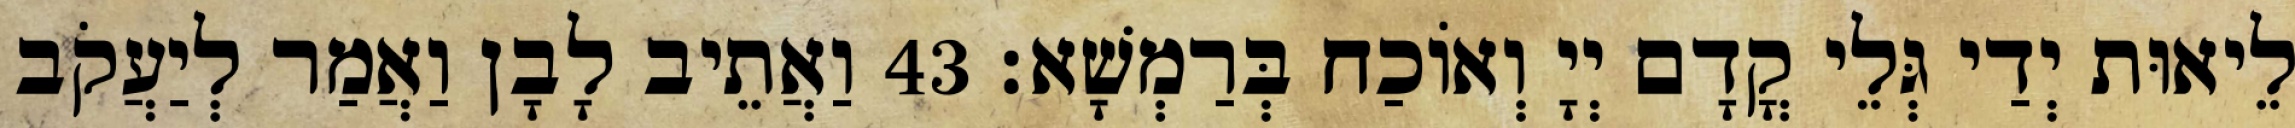
לֵיאוּת יְדַי גְּלֵי קֳדָם יְיָ וְאוֹכַח בְּרַמְשָׁא׃ 43 וַאֲתֵיב לָבָן וַאֲמַר לְיַעֲקֹב